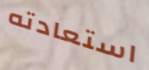
استعادته